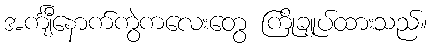
အင်္ကျီနောက်ကွဲကလေးတွေ ကြိုချုပ်ထားသည်။